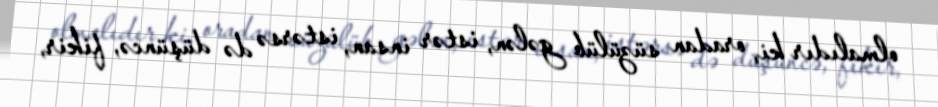
olmalıdır ki, oradan süzülüb gələn, istər insan, istərsə də düşüncə, fikir,